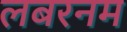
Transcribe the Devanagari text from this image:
लबरनम